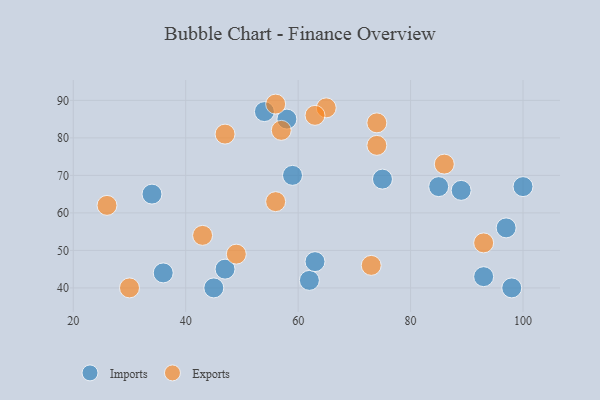
{"axis": {"x": "GDP", "y": "Life Expectancy"}, "legend": ["Exports", "Imports"], "data": [{"x": "45", "y": 40, "type": "Imports"}, {"x": "93", "y": 43, "type": "Imports"}, {"x": "97", "y": 56, "type": "Imports"}, {"x": "47", "y": 45, "type": "Imports"}, {"x": "62", "y": 42, "type": "Imports"}, {"x": "63", "y": 47, "type": "Imports"}, {"x": "75", "y": 69, "type": "Imports"}, {"x": "58", "y": 85, "type": "Imports"}, {"x": "100", "y": 67, "type": "Imports"}, {"x": "54", "y": 87, "type": "Imports"}, {"x": "85", "y": 67, "type": "Imports"}, {"x": "36", "y": 44, "type": "Imports"}, {"x": "89", "y": 66, "type": "Imports"}, {"x": "59", "y": 70, "type": "Imports"}, {"x": "34", "y": 65, "type": "Imports"}, {"x": "98", "y": 40, "type": "Imports"}, {"x": "26", "y": 62, "type": "Exports"}, {"x": "65", "y": 88, "type": "Exports"}, {"x": "56", "y": 63, "type": "Exports"}, {"x": "74", "y": 78, "type": "Exports"}, {"x": "86", "y": 73, "type": "Exports"}, {"x": "93", "y": 52, "type": "Exports"}, {"x": "74", "y": 84, "type": "Exports"}, {"x": "43", "y": 54, "type": "Exports"}, {"x": "73", "y": 46, "type": "Exports"}, {"x": "57", "y": 82, "type": "Exports"}, {"x": "30", "y": 40, "type": "Exports"}, {"x": "56", "y": 89, "type": "Exports"}, {"x": "63", "y": 86, "type": "Exports"}, {"x": "47", "y": 81, "type": "Exports"}, {"x": "49", "y": 49, "type": "Exports"}]}